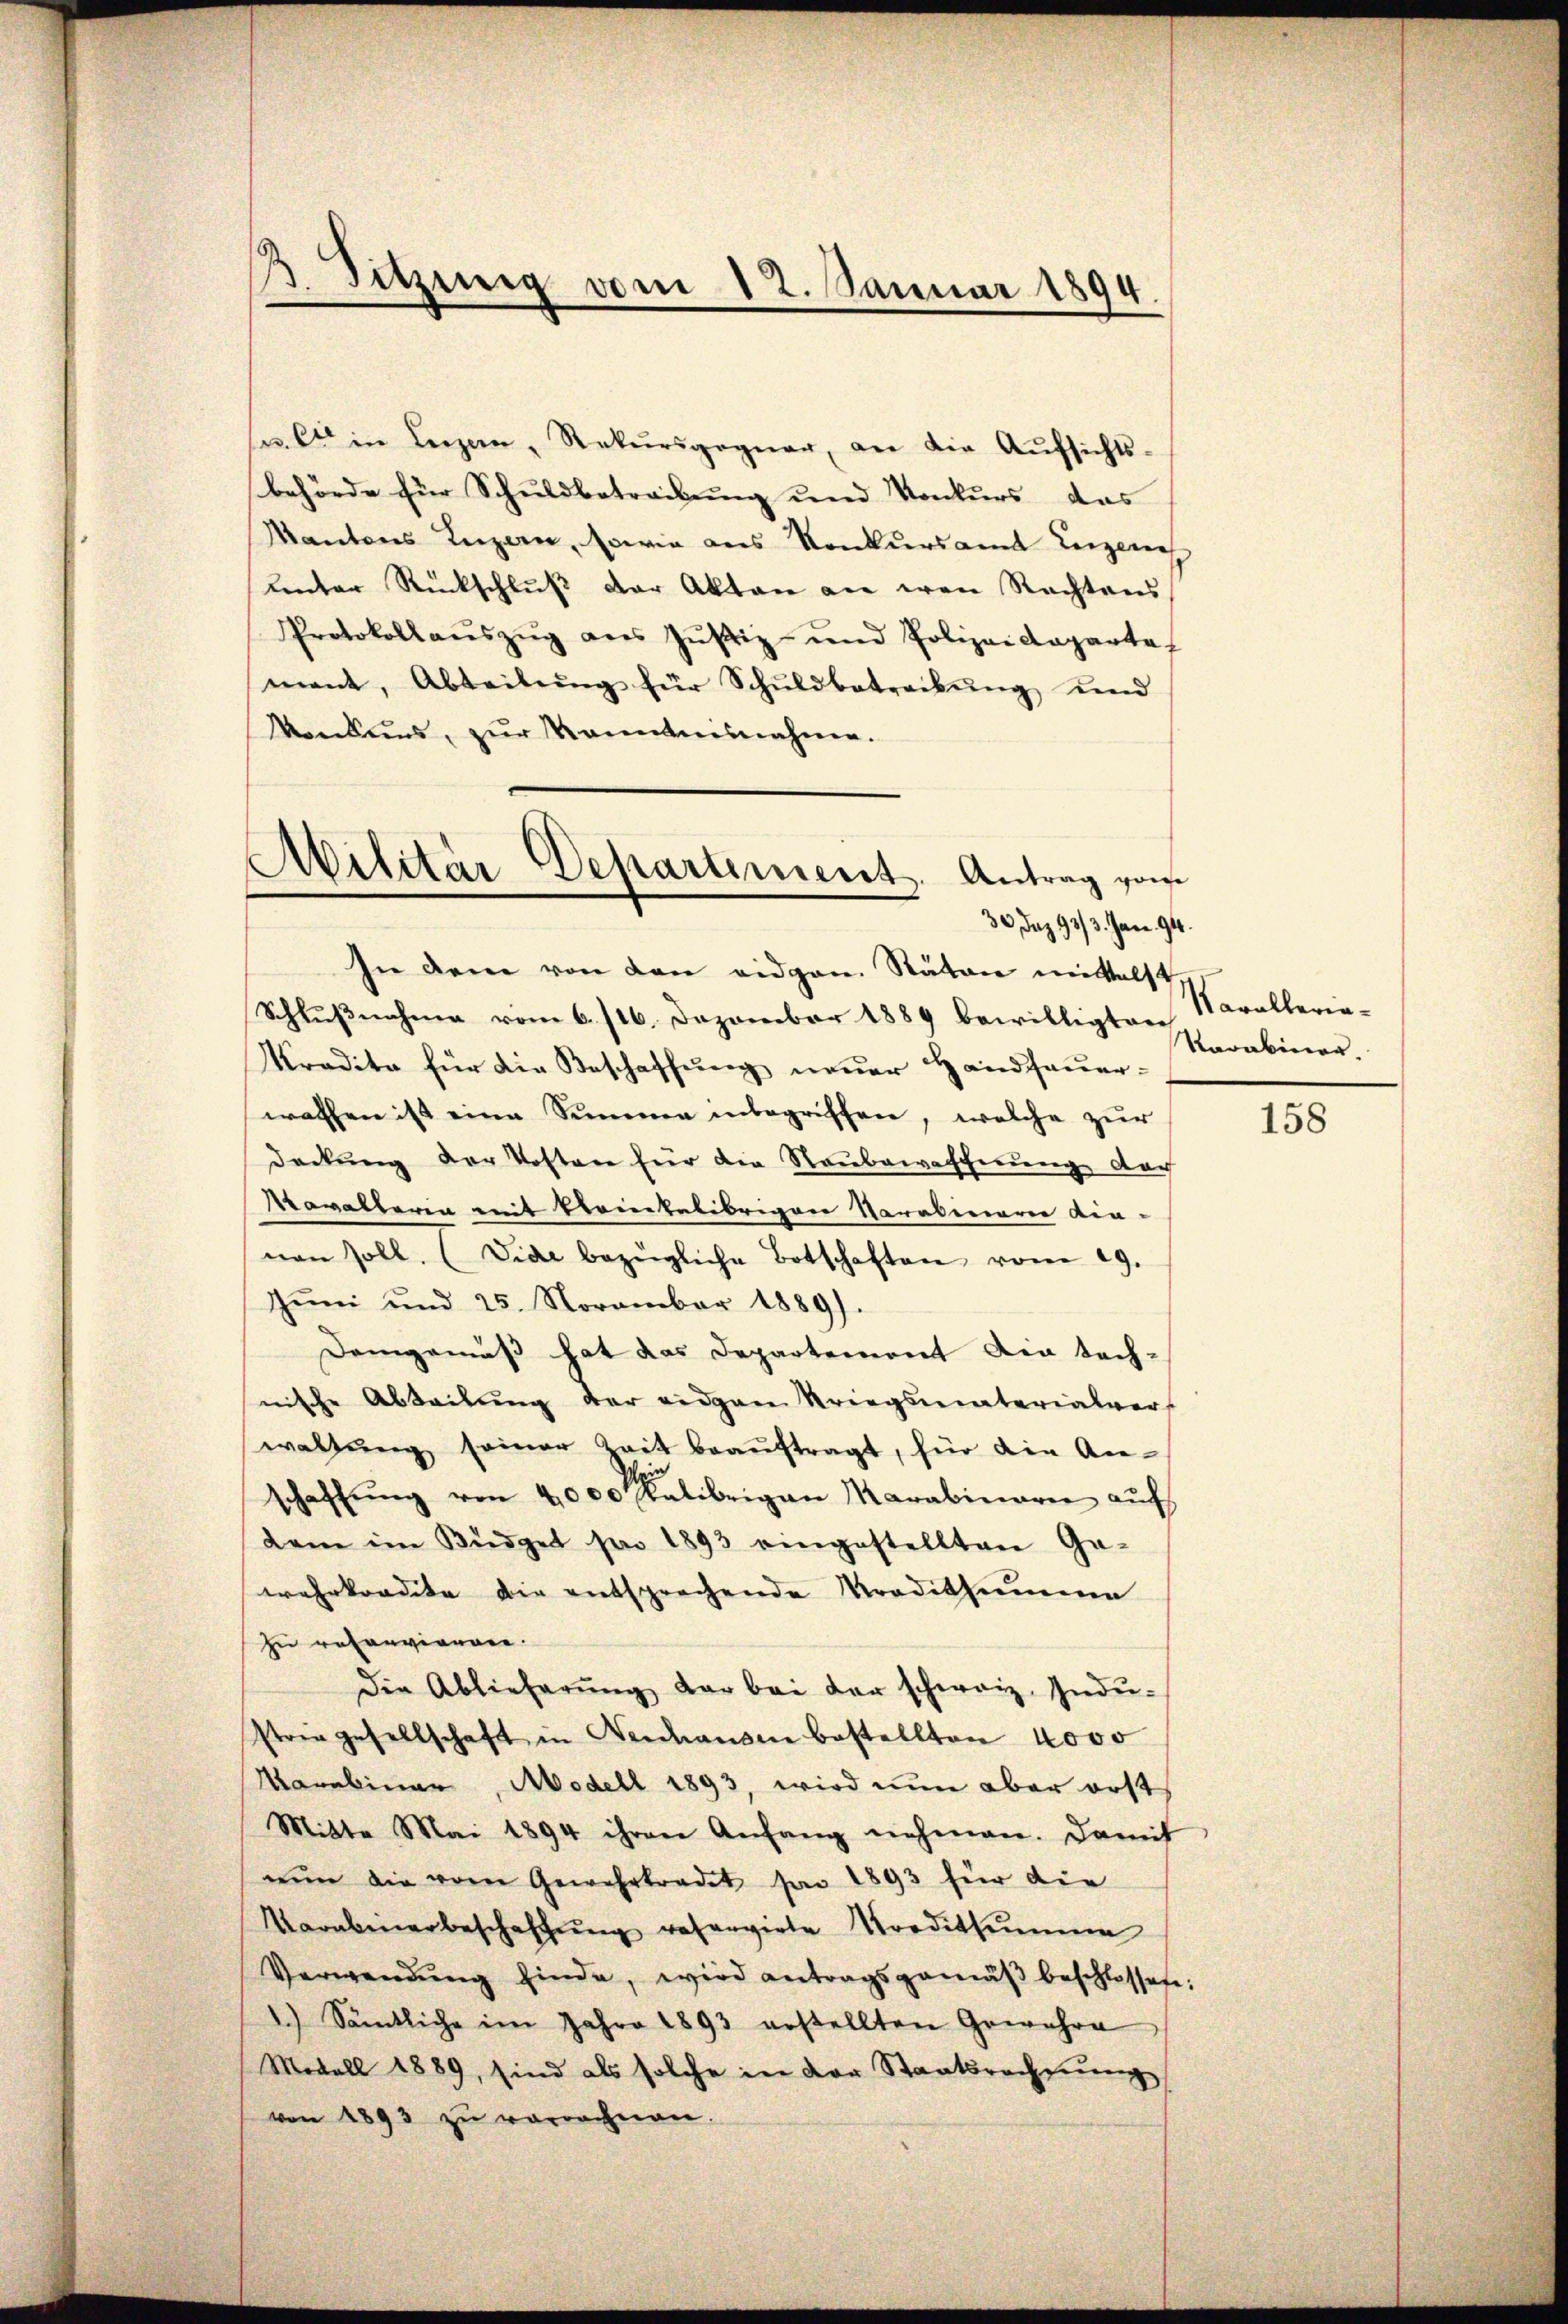
. Sitzung vom 12. Januar 1894.

Militär Departement. Antrag vom
30, daz 13/3. Jan. 94.

u et in Luzern, Rekursgegner, an die Aufsichts-
behörde für Schuldbetreibung und Konkurs das |
Kantons Luzern, sowie aus Konkursamt Luzer
unter Rückschlŭβ der Akten die wen Rechtens
Protokollaŭszŭg ans Jŭstiz- und Polizeideparta
mant, Abteilŭng für Schŭldbetrackŭng und
Konkurs, zŭr Kenntnisnahme.
In dem von den eidgen. Räten mittelst
Schlußnahme vom 6. 116. Dezember 1889 bewilligten Narallerie-
Kredita für die Beschaffung neuer Handsauer-
wachen ist eine Summe inbegriffen, welche zur
Deckung der Kosten für die Raubewascherung doch
Navatterin mit Steintelibrigen Varabiaren Kin-
nen soll. (vide bezügliche Botschaften vom 19.
Jŭni und 25. November 1889.
Demgemäß hat das Departement die tech-
nische Abteilung der eidgen Kriegsmaterialver,
waltŭng seiner Zeit beaŭftragt, für die An-
schaffŭng von 4000 Malibeigen Marabinarie aŭf
dam im Büdget pro 1893 eingestellten Ge-
wehrkredite die entsprechende Tradithumme
zu reconviennen.
Die Ablieferŭng dar bei der schweiz. Indu-
strie gesellschaft in Fenhausen bestellten 4000
Marabinar, Modell 1893, wird nun aber erst
Mitte Mai 1894 ihren Anfang nehmen. Damit
nŭn die vom Gewahrtradet son 1893 für die
Narabierbeschaffŭng reservirte Norditsumme
Verwendŭng finde, wird antragsgemäβ beschlossete:
1.) Sämtliche im Jahre 1893 erstellten Gewehre
Modell 1889, sind als solche in der Staatsrechnung
von 1893 zu verrechnen.

Karabiner.

158